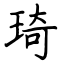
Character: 琦